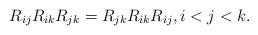
LaTeX: \begin{gather*}R_{ij} R_{ik} R_{jk} =R_{jk} R_{ik} R_{ij},i < j < k.\end{gather*}